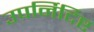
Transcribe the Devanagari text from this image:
उपर्निर्दिष्ट